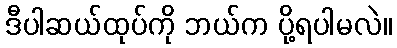
ဒီပါဆယ်ထုပ်ကို ဘယ်က ပို့ရပါမလဲ။